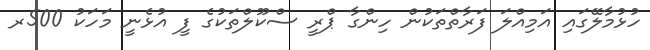
ހުޅުމާލޭގައި އަމިއްލަ ފަރާތްތަކުން ހިންގާ ޕްރީ ސްކޫލްތަކުގެ ފީ އުޅެނީ މަހަކު 500ރ